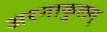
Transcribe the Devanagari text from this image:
अरनाकुलम्‌